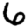
Digit: 6